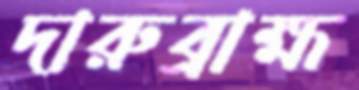
দারুব্রাহ্ম